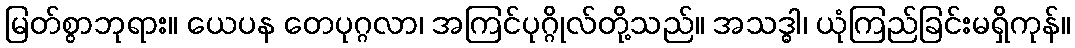
မြတ်စွာဘုရား။ ယေပန တေပုဂ္ဂလာ၊ အကြင်ပုဂ္ဂိုလ်တို့သည်။ အသဒ္ဓါ၊ ယုံကြည်ခြင်းမရှိကုန်။